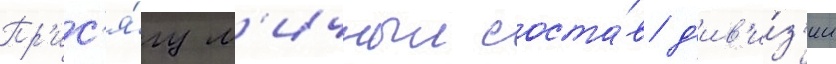
Пр'ис'я́гу л'ичныи соста́в д'ив'и́з'ии